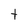
Character: t